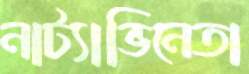
নাট্যাভিনেতা